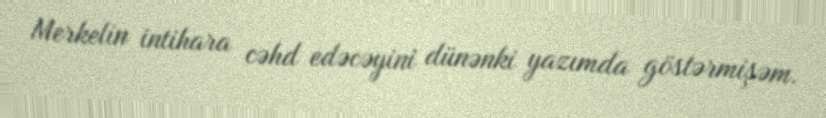
Merkelin intihara cəhd edəcəyini dünənki yazımda göstərmişəm.